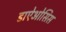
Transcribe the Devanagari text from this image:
डाऐओसिस